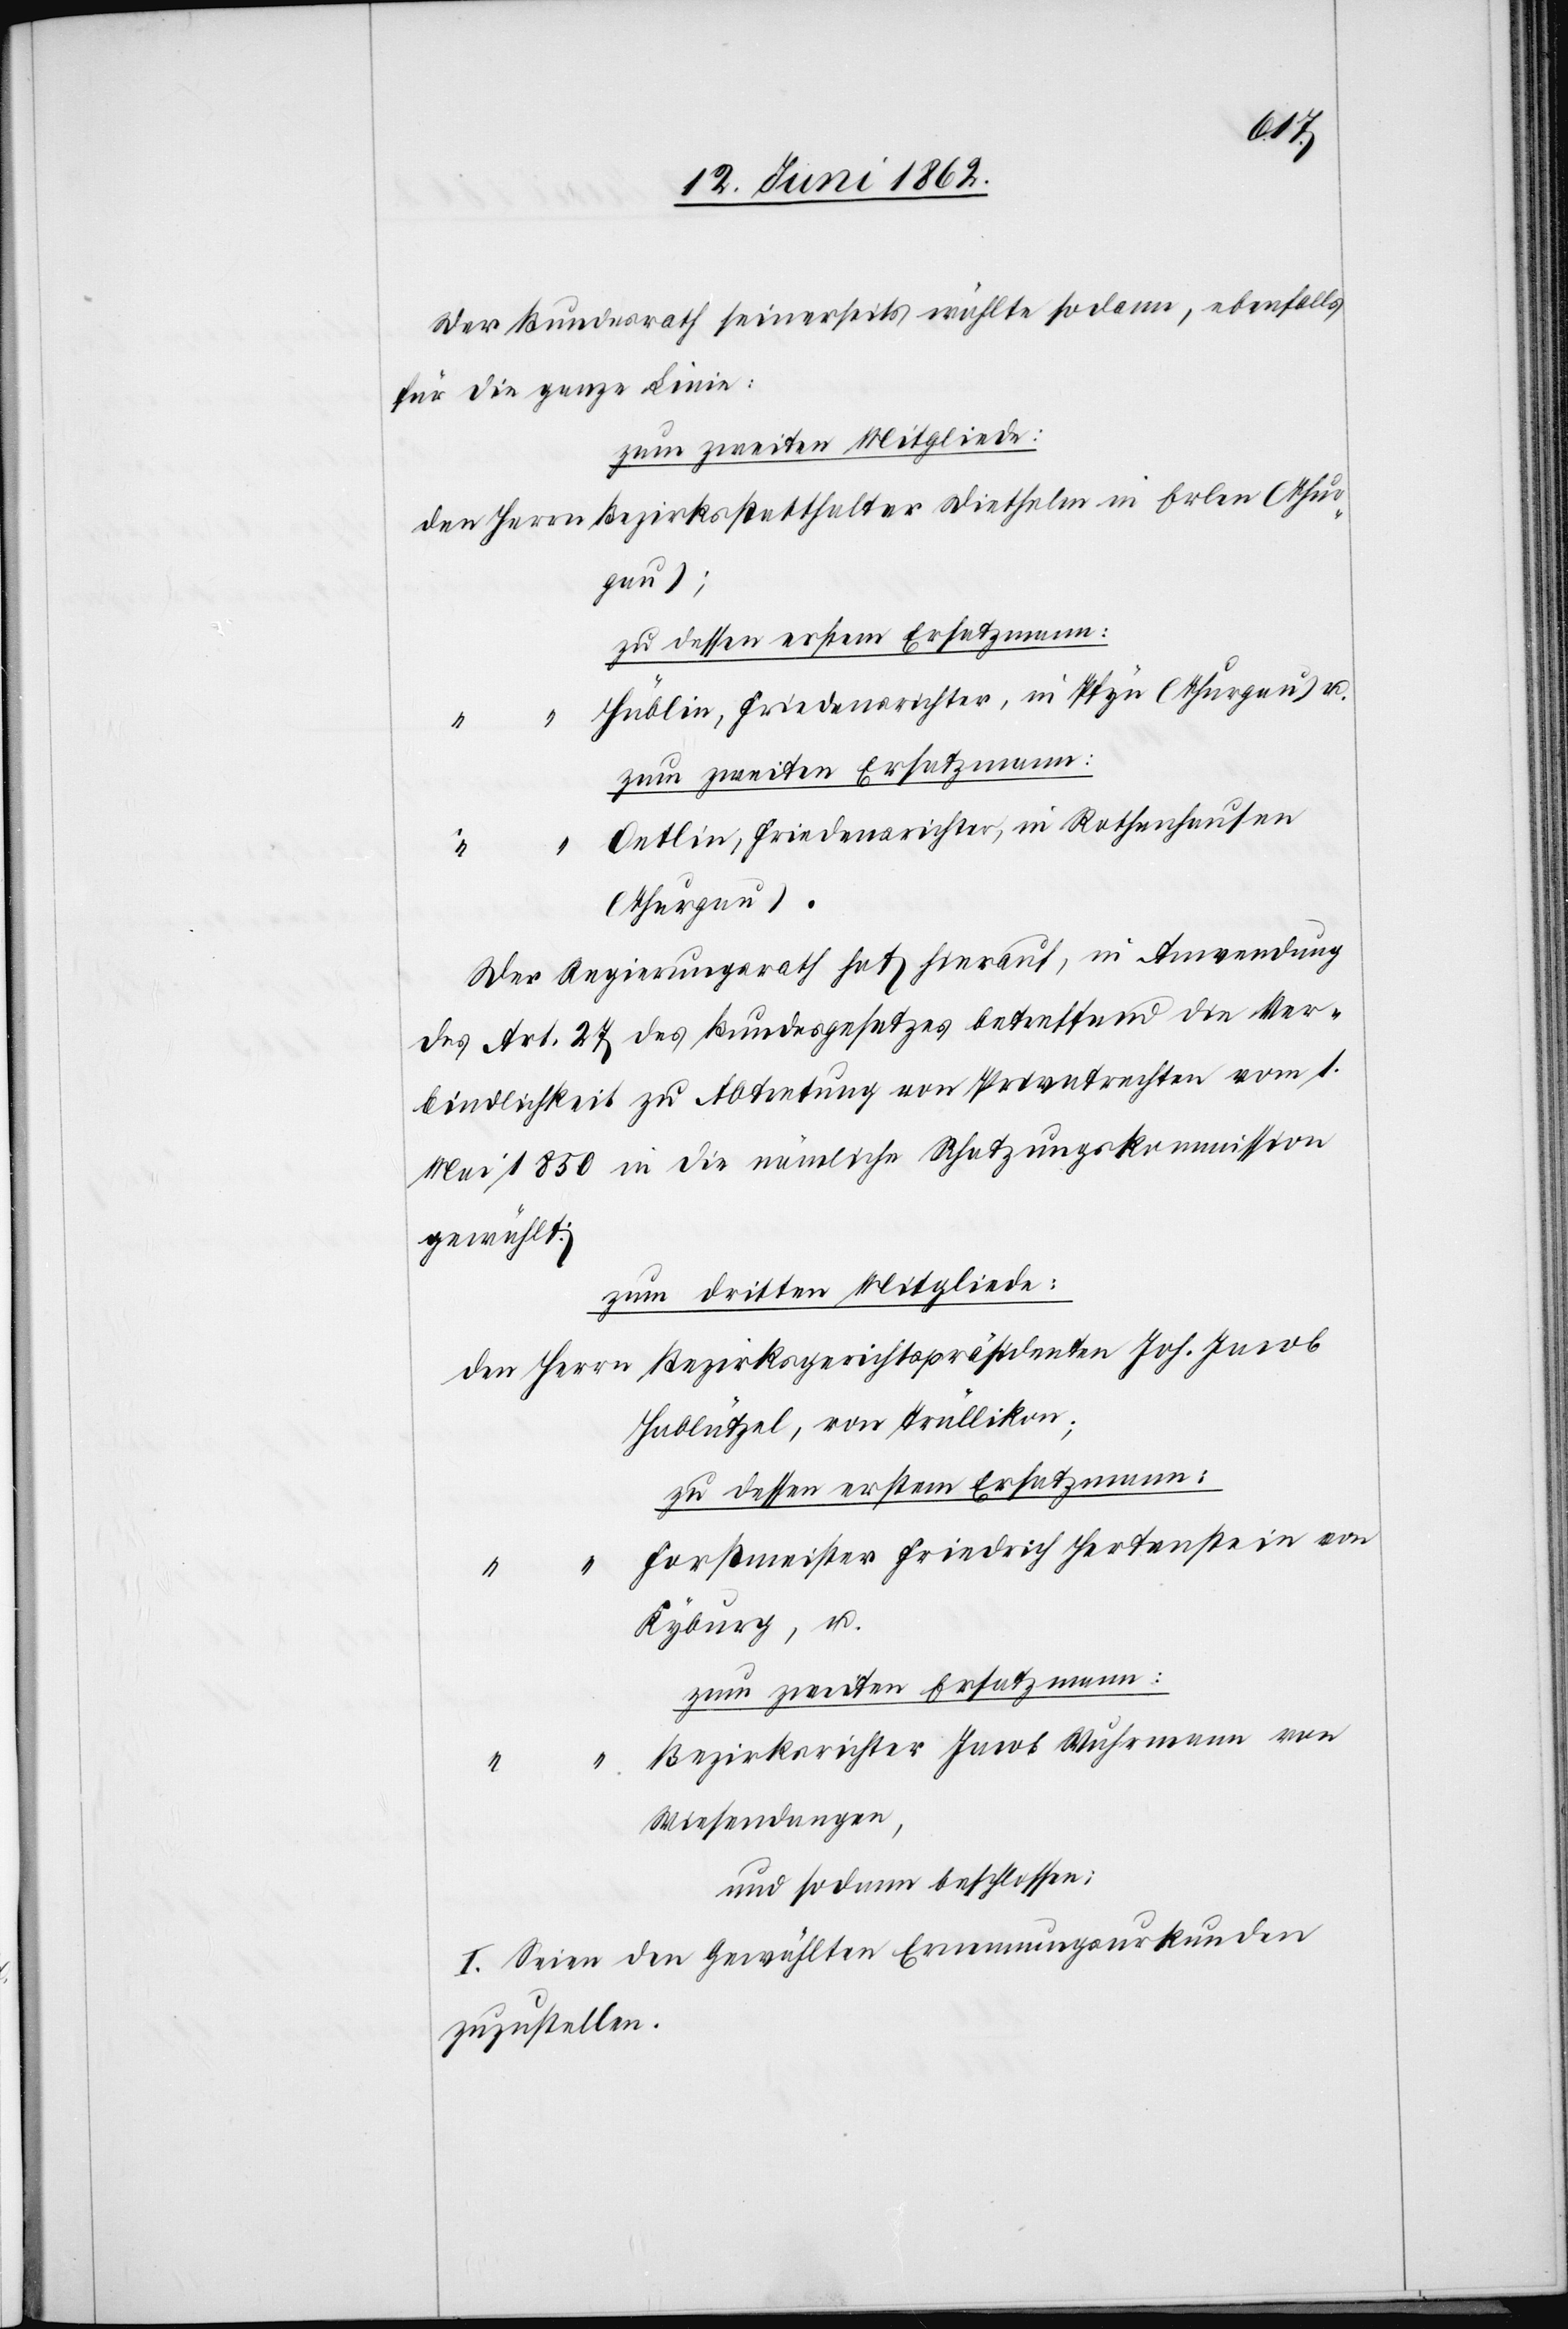
Joh.
Der Bundesrath seinerseits wählte sodann, ebenfalls
für die ganze Linie:
zum zweiten Mitgliede:
Hüblin, Friedensrichter, in Pfyn (Thurgau) u.
zum zweiten Ersatzmann:
Oetlin, Friedensrichter, in Rothhausen
(Thurgau).
Der Regierungsrath hat hierauf, in Anwendung
des Art. 27 des Bundesgesetzes betreffend die Ver¬
bindlichkeit zu Abtretung von Privatrechten vom 1.
Mai 1850 in die nämliche Schatzungskommission
gewählt:
zum dritten Mitgliede:
Hablützel, von Trüllikon;
zu dessen erstem Ersatzmann:
Forstmeister Friedrich Hertenstein von
Kyburg, u.
zum zweiten Ersatzmann:
Bezirksrichter Jacob Wuhrmann von
Wiesendangen,
und sodann beschlossen:
I. Seien den Gewählten Ernennungsurkunden
zuzustellen.